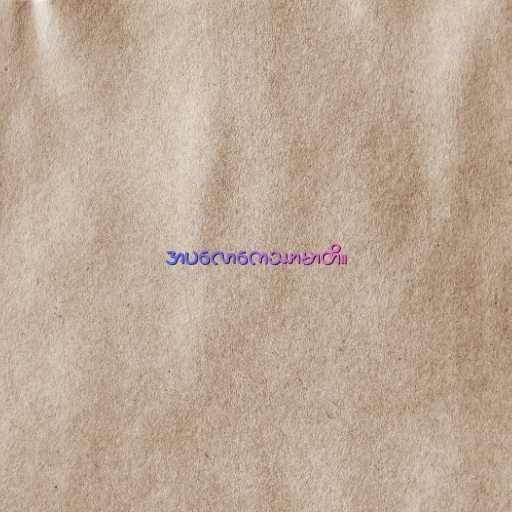
အပလောကေဿာမာတိ။